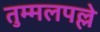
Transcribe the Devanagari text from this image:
तुम्मलपल्ले